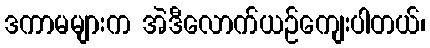
ဒကာမများက အဲဒီလောက်ယဉ်ကျေးပါတယ်၊